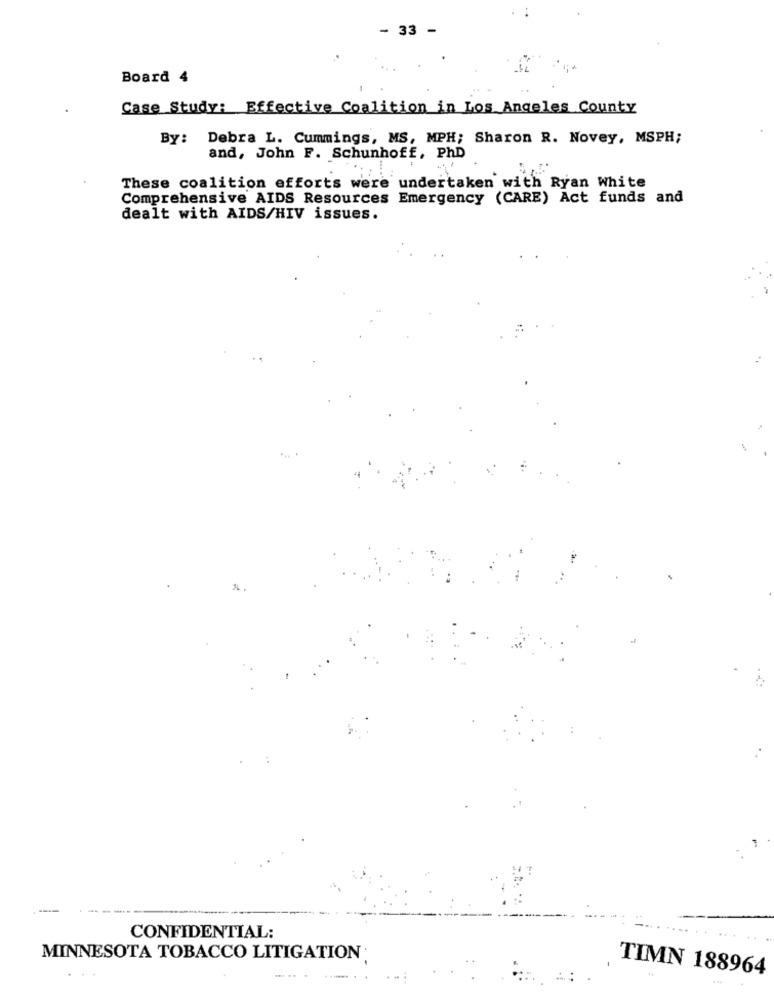
- 33 -
Board 4
Case Study: Effective Coalition in Los Angeles County
By: Debra L. Cummings, MS, MPH; Sharon R. Novey, MSPH;
and, John F. Schunhoff, PhD
These coalition efforts were undertaken with Ryan White
Comprehensive AIDS Resources Emergency (CARE) Act funds and
dealt with AIDS/HIV issues.
CONFIDENTIAL:
MINNESOTA TOBACCO LITIGATION
TIMN 188964